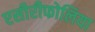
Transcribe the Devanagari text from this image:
एसीरीफोलिया